Lunatic asylums Central Provinces reports 1895-1909 - 1895-1909
Year: 1895
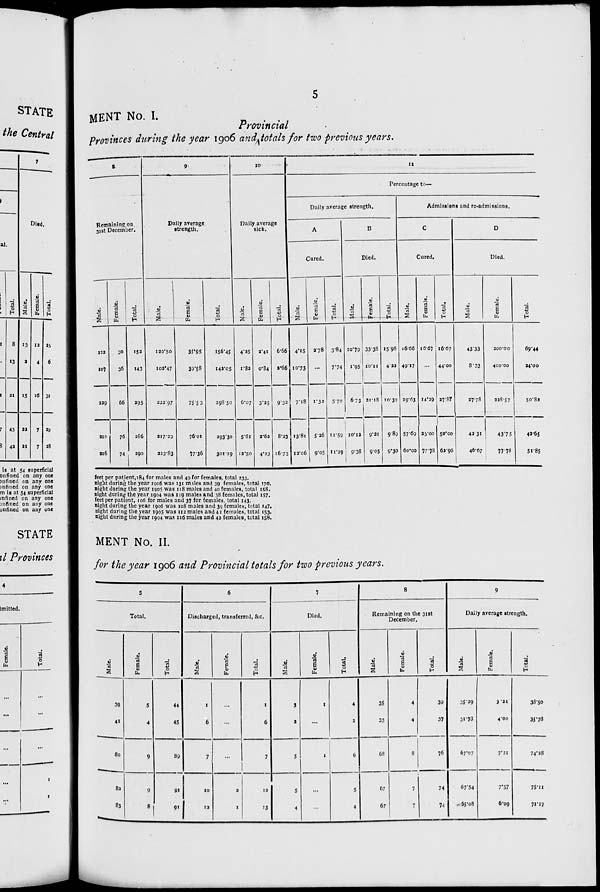
5
MENT No. I.
Provincial
Provinces during the year 1906 and totals for two previous years.
8
Remaining on
31st December.
Male.
122
107
229
210
216
Female.
30
36
66
76
74
Total.
152
143
295
286
290
9
Daily average
strength.
Male.
120.50
102.47
222.97
217.29
223.83
Female.
35.95
39.58
75 .53
76.01
77.36
Total.
156.45
142.05
298.50
293.30
301.19
10
Daily average
sick.
Male.
4.25
1.82
6.07
5.61
12.50
Female.
2.41
0.84
3.25
2.62
4.23
Total.
6.66
2.66
9.32
8.23
16.73
11
Percentage to—
Daily average strength.
A
Cured.
Male.
4.15
10.73
7.18
13.81
12.06
Female.
2.78
...
1.32
5.26
9.05
Total.
3.84
7.74
5.70
11.59
11.29
B
Died.
Male.
10.79
1.95
6.73
10.12
9.38
Female.
33.38
10.11
21.18
9.21
9.05
Total.
15.98
4.22
10.39
9.89
9.30
Admissions and re-admissions.
C
Cured.
Male.
16.66
49.17
29.63
57.69
60.00
Female.
16.67
...
14.29
25.00
77.78
Total.
16.67
44.00
27.87
50.00
62.96
D
Died.
Male.
43.33
8.33
27.78
42.31
46.67
Female.
200.00
400.00
228.57
43.75
77.78
Total.
69.44
24.00
50.82
42.65
51.85
feet per patient, 184 for males and 49 for females, total 233.
night during the year 1906 was 131 males and 39 females, total 170.
night during the year 1905 was 118 males and 40 females, total 158.
night during the year 1904 was 119 males and 38 females, total 157.
feet per patient, 106 for males and 37 for females, total 143.
night during the year 1906 was 108 males and 39 females, total 147.
night during the year 1905 was 112 males and 41 females, total 153.
night during the year 1904 was 116 males and 42 females, total 158.
MENT No. II.
for the year 1906 and Provincial totals for two previous years.
5
Total.
Male.
39
41
80
82
83
Female.
5
4
9
9
8
Total.
44
45
89
91
91
6
Discharged, transferred, &c.
Male.
1
6
7
10
12
Female.
...
...
2
1
Total.
1
6
7
12
13
7
Died.
Male.
3
2
5
5
4
Female.
1
...
1
...
...
Total.
4
2
6
5
4
8
Remaining on the 31st
December.
Male.
35
33
68
67
67
Female.
4
4
8
7
7
Total.
39
37
76
74
74
9
Daily average strength.
Male.
35.29
31.73
67.07
67.54
65.08
Female.
3.21
4.00
7.21
7.57
6.09
Total.
38.50
35.78
74.28
75.11
71.17